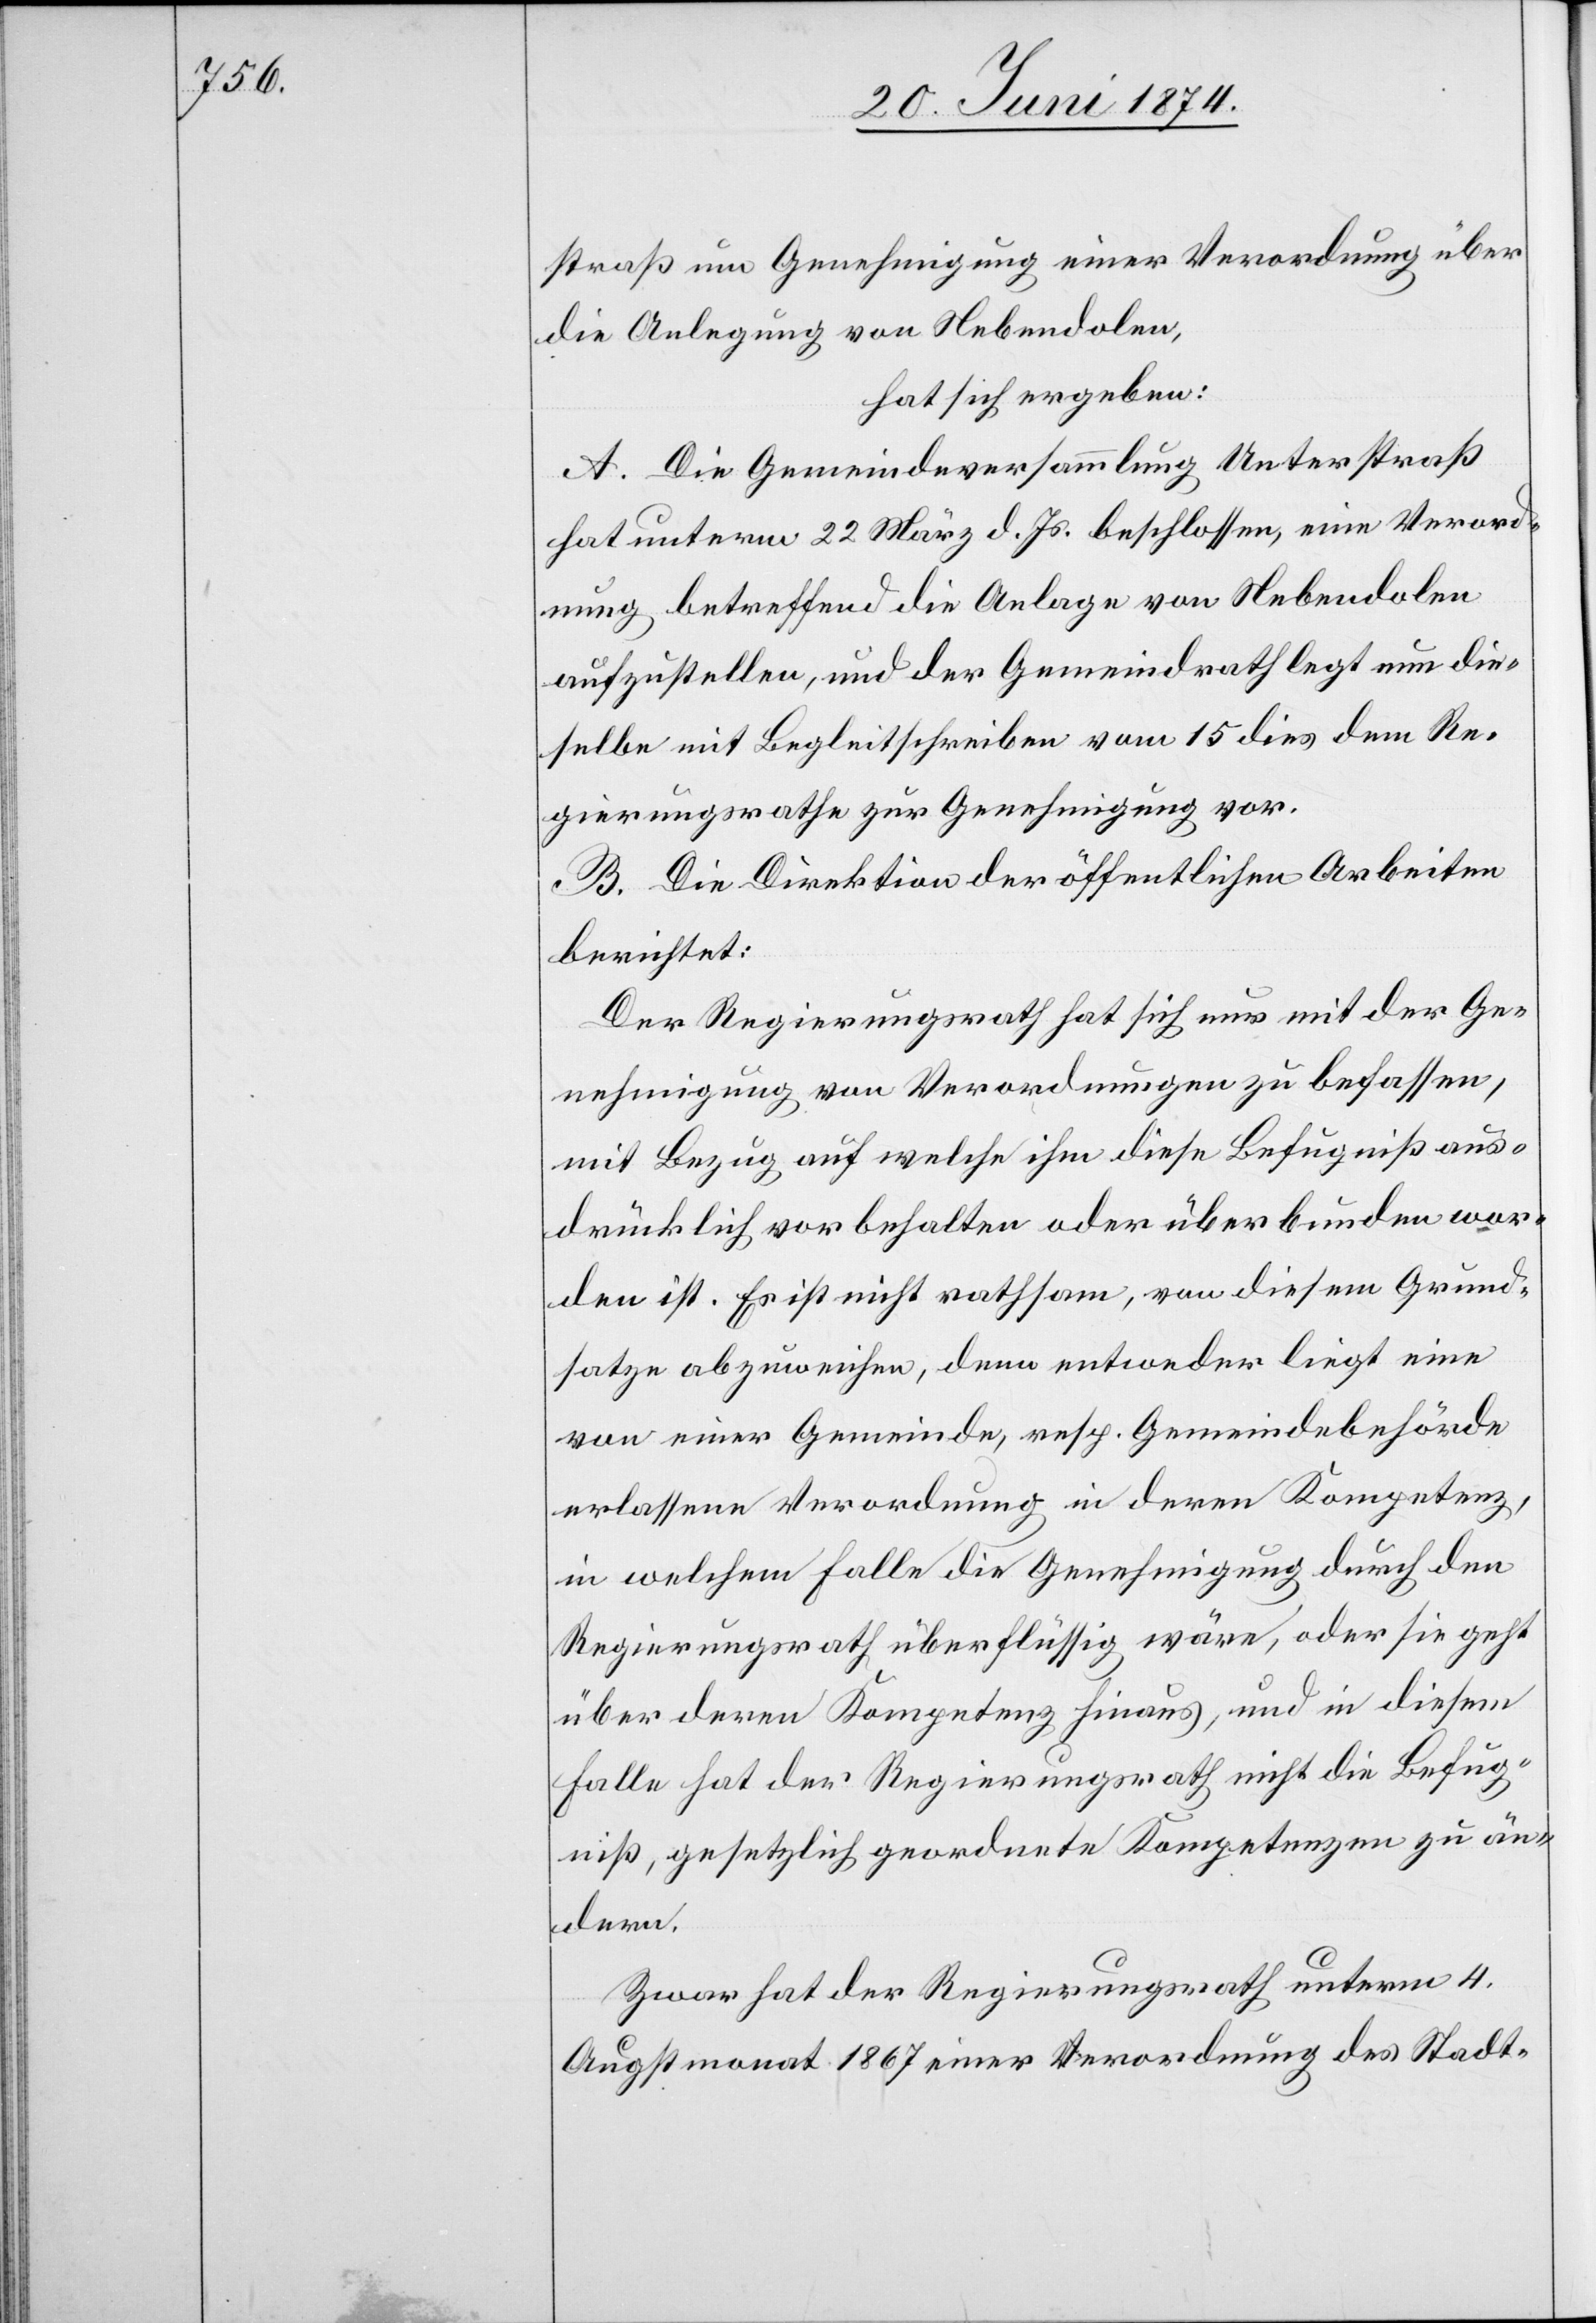
straß um Genehmigung einer Verordnung über
die Anlegung von Nebendolen,
hat sich ergeben:
A. Die Gemeindeversammlung Unterstraß
hat unterm 22. März d. Js. beschlossen, eine Verord¬
nung betreffend die Anlage von Nebendolen
aufzustellen, und der Gemeindrath legt nun die¬
selbe mit Begleitschreiben vom 15. dies dem Re¬
gierungsrathe zur Genehmigung vor.
B. Die Direktion der öffentlichen Arbeiten
berichtet:
Der Regierungsrath hat sich nur mit der Ge¬
nehmigung von Verordnungen zu befassen,
mit Bezug auf welche ihm diese Befugniß aus¬
drücklich vorbehalten oder überbunden wor¬
den ist. Es ist nicht rathsam, von diesem Grund¬
satze abzuweichen, denn entweder liegt eine
von einer Gemeinde, resp. Gemeindebehörde
erlassene Verordnung in deren Kompetenz,
in welchem Falle die Genehmigung durch den
Regierungsrath überflüssig wäre, oder sie geht
über deren Kompetenz hinaus, und in diesem
Falle hat der Regierungsrath nicht die Befug¬
niß, gesetzlich geordnete Kompetenzen zu än¬
dern.
Zwar hat der Regierungsrath unterm 4.
Augstmonat 1867 einer Verordnung des Stadt-